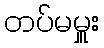
တပ်မမှူး